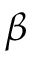
\beta